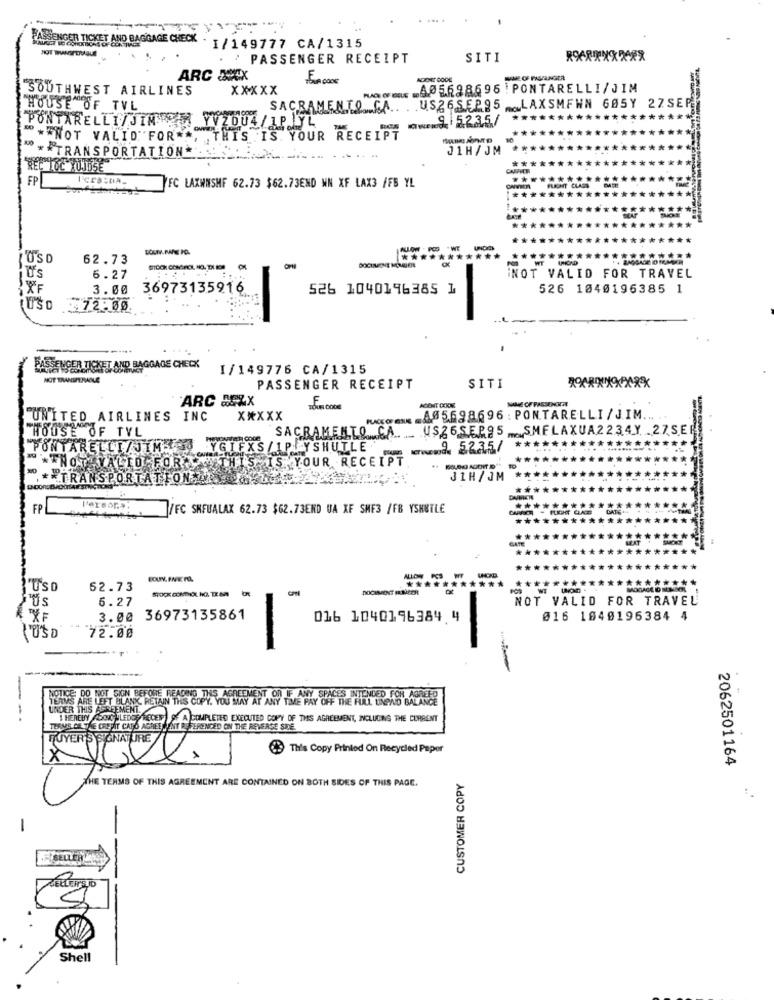
AND BAGGAGE CHECK
PASSENGER TICKET AND BAGH
I/149777 CA/1315
PASSENGER RECEIPT
SITI
ARC ASCX
MIE OF PASANGER
SOUTHWEST AIRLINES
xxxxx
HOFE APER8696 PONTARELLI/JIM
HOUSE OF TVL
SACRAMENTO CA.
U.S26SEP95 LAXSMFWN 605Y 2ZSE
PONTARELLI/JIMDER PISTONS
VZOU4 / 1P IYI
15235/
*********
***:
"*"NOT VALID" FOR **
THIS IS. YOUR RECEIPT
* ** TRANSPORTATION*
31H/JM
REC TOC YUJDSE
FP
FC LAXWNSHE 62.73 $62.73END WN XF LAX3 /FB YL
***
*******
LOSD
62.73
***********
.......
jo's
6.27
NOT VALID FOR TRAVEL
XF
3.00 36973135916
526 1040196385 1
526 1040196385 1
USD 72.00.
PASSENGER TICKET AND BAGGAGE CHECK
I/149776 CA/1315
NOT TRANSFERABLE
PASSENGER RECEIPT
SITI
`ARC BEZX
MAHE OF PASSENOKCAL
AGENT COOK
"UNITED AIRLINES INC
X*XXX
A05698696 : PONTARELLI/JIM ....
HOUSE OF TYL
USZ6SEP95 SMELAXUA2234Y 27SER
SACRAMENTO CA
PONTARELLI/JIM YGIFXS/IP YSHUTLE
enwood. 52.3.5/
***:
VALID FOR THIS IS YOUR RECEIPT
********
** TNOT VAL
** TRANSPORTATION
31H/JM
*****
******
*****
***********
ONMIER
FP
Persor.a.
/FC SHEUALAX 62.73 $62.73END UA XF SHE3 /FB YSHUTLE
****
***
******
*******
***
***********
USD
62.73
DOCUMENT ER MEER
POS
6.27
NOT VALID FOR TRAVEL
3.00
36973135861
016 1040196384 4
016 1040196384 4
LU'S D
72.00
TERMS ARE LEFT BLANK, RETAIN THIS COPY. YOU MAY AT ANY TIME PAY
NOTICE: DO NOT SIGN BEFORE READING THIS AGREEMENT OR IF ANY SPACES INTENDED FOR AGREED
E FULL UNPALO BALANCE
--
I HEREBY ASKING TLEDGE RECENT OF A COMPLETED EXECUTED COPY OF THIS AGREEMENT, INCLUDING THE CURRENT
This Copy Printed On Recycled Paper
X
2062501164
THE TERMS OF THIS AGREEMENT ARE CONTAINED ON BOTH SIDES OF THIS PAGE.
CUSTOMER COPY
SELLER
Shell